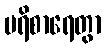
ပရိစာရေတွာ